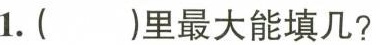
1.( )里最大能填几?